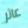
عاثر